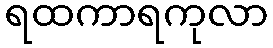
ရထကာရကုလာ